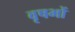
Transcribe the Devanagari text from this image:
वृषभों